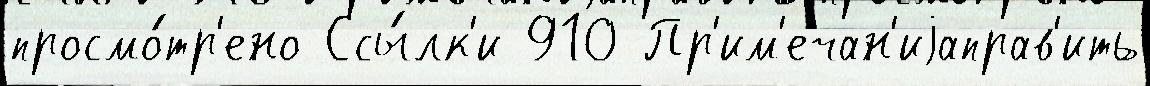
просмо́тр'ено Ссы́лк'и 910 Пр'им'ечан'иjаправ'ить